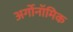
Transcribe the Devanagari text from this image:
अर्गोनॉमिक